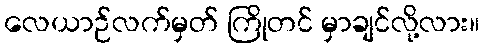
လေယာဉ်လက်မှတ် ကြိုတင် မှာချင်လို့လား။